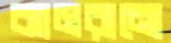
ঝামরানো